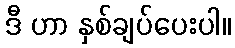
ဒီ ဟာ နှစ်ချပ်ပေးပါ။